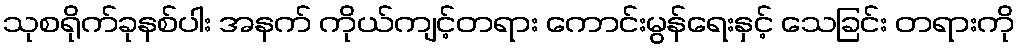
သုစရိုက်ခုနစ်ပါး အနက် ကိုယ်ကျင့်တရား ကောင်းမွန်ရေးနှင့် သေခြင်း တရားကို